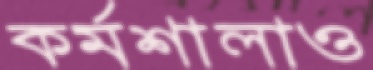
কর্মশালাও